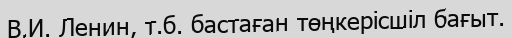
В.И. Ленин, т.б. бастаған төңкерісшіл бағыт.